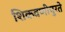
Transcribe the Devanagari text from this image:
शिकवणीपुरते